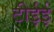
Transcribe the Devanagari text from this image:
टीईई